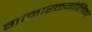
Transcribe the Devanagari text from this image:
गामारक्तगोलिका